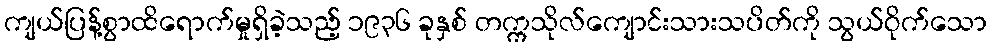
ကျယ်ပြန့်စွာထိရောက်မှုရှိခဲ့သည့် ၁၉၃၆ ခုနှစ် တက္ကသိုလ်ကျောင်းသားသပိတ်ကို သွယ်ဝိုက်သော